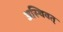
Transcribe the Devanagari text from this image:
अस्थिवत्